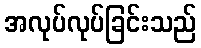
အလုပ်လုပ်ခြင်းသည်